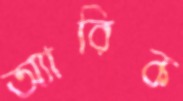
অ্যারিক